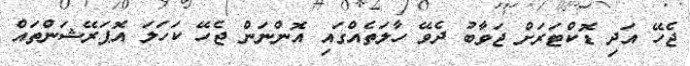
ޖެހޭ އަދި ޑޮކްޓަރަށް ޖަވާބު ދެވޭ ހާލަތެއްގައި އޮންނަން ޖެހޭ ކަހަލަ އޮޕަރޭޝަންތައް